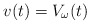
\begin{align*}v(t)=V_\omega(t)\end{align*}